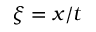
\xi = x / t